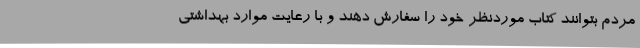
مردم بتوانند کتاب موردنظر خود را سفارش دهند و با رعایت موارد بهداشتی